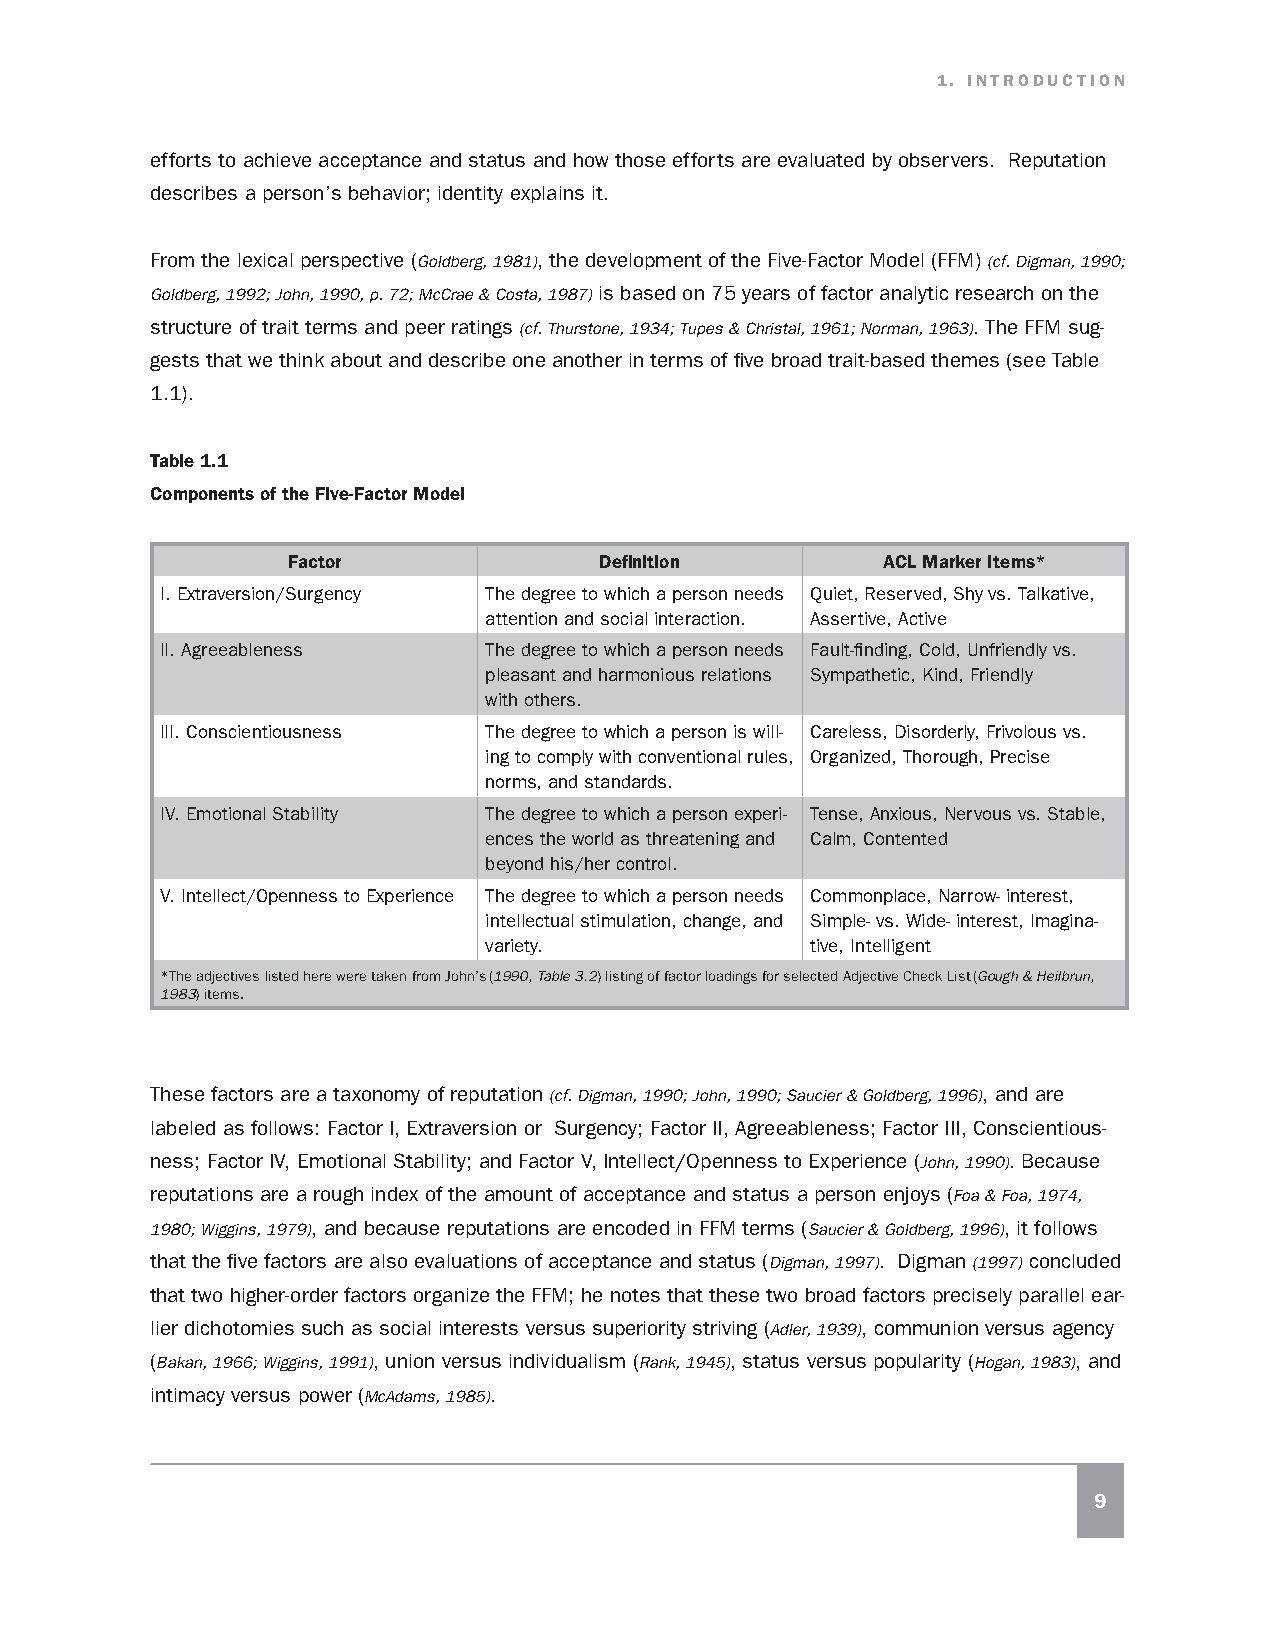
1. INTRODUCTION
 efforts to achieve acceptance and status and how those efforts are evaluated by observers. Reputation
 describes a person’s behavior; identity explains it.
 From the lexical perspective (Goldberg, 1981), the development of the Five-Factor Model (FFM) (cf. Digman, 1990;
 Goldberg, 1992; John, 1990, p. 72; McCrae & Costa, 1987) is based on 75 years of factor analytic research on the
 structure of trait terms and peer ratings (cf. Thurstone, 1934; Tupes & Christal, 1961; Norman, 1963). The FFM sug-
 gests that we think about and describe one another in terms of five broad trait-based themes (see Table
 1.1).
 Table 1.1
 Components of the Five-Factor Model
 Factor               Definition        ACL Marker Items*
 I. Extraversion/Surgency The degree to which a person needs Quiet, Reserved, Shy vs. Talkative,
 attention and social interaction. Assertive, Active
 II. Agreeableness    The degree to which a person needs Fault-finding, Cold, Unfriendly vs.
 pleasant and harmonious relations Sympathetic, Kind, Friendly
 with others.
 III. Conscientiousness The degree to which a person is will- Careless, Disorderly, Frivolous vs.
 ing to comply with conventional rules, Organized, Thorough, Precise
 norms, and standards.
 IV. Emotional Stability The degree to which a person experi- Tense, Anxious, Nervous vs. Stable,
 ences the world as threatening and Calm, Contented
 beyond his/her control.
 V. Intellect/Openness to Experience The degree to which a person needs Commonplace, Narrow- interest,
 intellectual stimulation, change, and Simple- vs. Wide- interest, Imagina-
 variety.              tive, Intelligent
 *The adjectives listed here were taken from John’s (1990, Table 3.2) listing of factor loadings for selected Adjective Check List (Gough & Heilbrun,
 1983) items.
 These factors are a taxonomy of reputation (cf. Digman, 1990; John, 1990; Saucier & Goldberg, 1996), and are
 labeled as follows: Factor I, Extraversion or Surgency; Factor II, Agreeableness; Factor III, Conscientious-
 ness; Factor IV, Emotional Stability; and Factor V, Intellect/Openness to Experience (John, 1990). Because
 reputations are a rough index of the amount of acceptance and status a person enjoys (Foa & Foa, 1974,
 1980; Wiggins, 1979), and because reputations are encoded in FFM terms (Saucier & Goldberg, 1996), it follows
 that the five factors are also evaluations of acceptance and status (Digman, 1997). Digman (1997) concluded
 that two higher-order factors organize the FFM; he notes that these two broad factors precisely parallel ear-
 lier dichotomies such as social interests versus superiority striving (Adler, 1939), communion versus agency
 (Bakan, 1966; Wiggins, 1991), union versus individualism (Rank, 1945), status versus popularity (Hogan, 1983), and
 intimacy versus power (McAdams, 1985).
 9